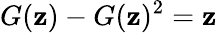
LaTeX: G(\mathbf{z})-G(\mathbf{z})^{2}=\mathbf{z}